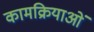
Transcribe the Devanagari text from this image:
कामक्रियाओं